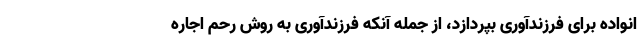
انواده برای فرزندآوری بپردازد، از جمله آنکه فرزندآوری به روش رحم اجاره